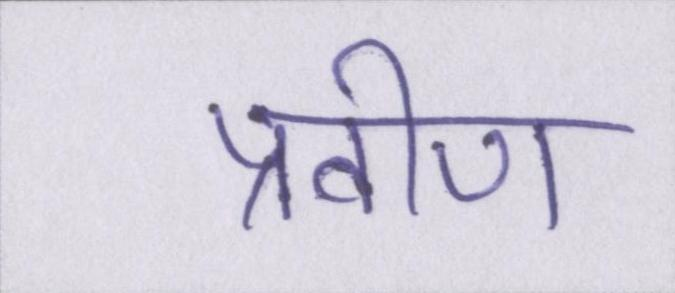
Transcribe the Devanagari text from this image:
प्रवीण